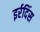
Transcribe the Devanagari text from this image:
इर्रदिंस